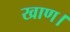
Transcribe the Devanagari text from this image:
खाण।